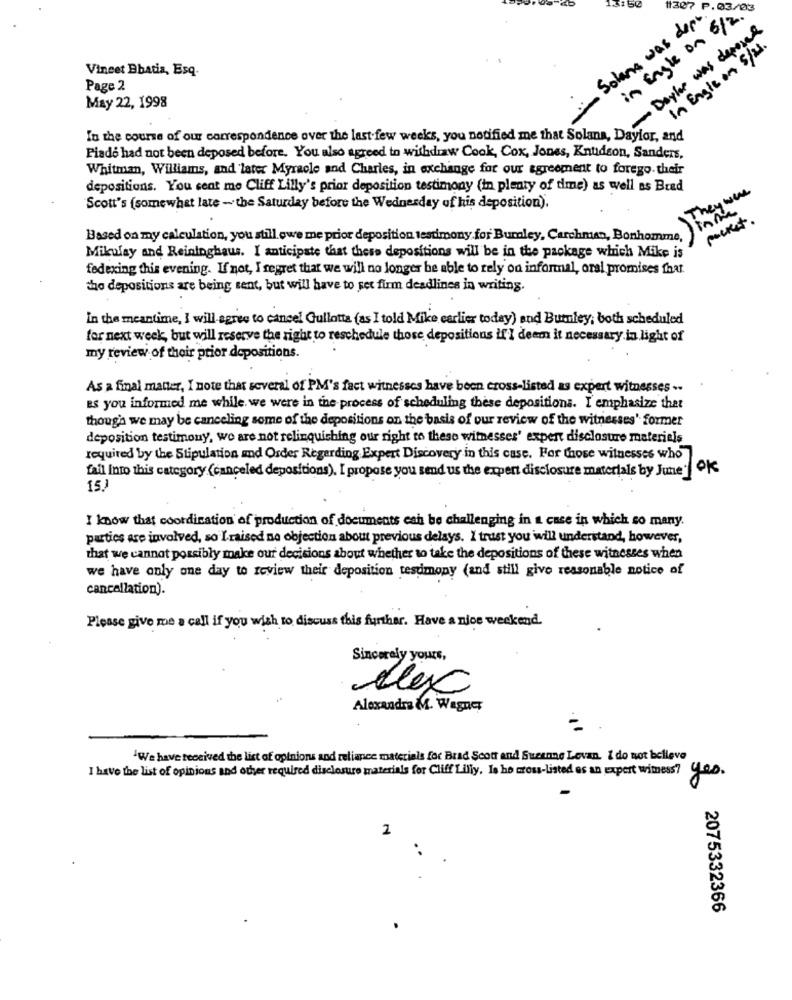
in Engle on 6/2.8
- Solana was depo
-Dayhe was deposed
In Engle on 5/2.
Vineet Bbatis, Esq.
Page 2
May 22, 1998
In the course of our correspondence over the last few weeks, you notified me that Solana, Dayior, and
Piade had not been deposed before. You also agreed to withdraw Cook, Cox, Jones, Knudson, Sanders,
Whitman, Williams, and later Myracle and Charles, in exchange for our agreement to forego. their
depositions. You cent me Cliff Lilly's prior deposition testimony (in plenty of dme) as well as Brad
They were
Scott's (somewhat late - the Saturday before the Wednesday of his deposition).
packet .
Based on my calculation, you still owe me prior deposition testimony for Bumley, Carchman, Bonhomme,
Mikulay and Reininghaus. I anticipate that these depositions will be in the package which Mike is
fedexing this evening. If not, I regret that we will no longer be able to rely on informal, oral promises that
the depositions are being sent, but will have to set firm deadlines in writing.
In the meantime, I will agree to cancel Gullotta (as I told Mike earlier today) and Burnley; both scheduled
for next week, but will reserve the right to reschedule those depositions if'I deem it necessary in light of
my review of their prior depositions.
As a final manter, I note that several of PM's fact witnesses have been cross-listed as expert witnesses ..
es you informed me while. we were in the process of scheduling these depositions. I emphasize that
though we may be canceling some of the depositions on the basis of our review of the witnesses' former
deposition testimony, we are not relinquishing our right to these witnesses' expert disclosure materiels
required by the Stipulation and Order Regarding Expert Discovery in this case. For those witnesses who
fall Into this category (canceled depositions). I propose you send us the expert disclosure materials by June' OK
15)
I know that coordination of production of documents eah be challenging in a case in which so many.
parties are involved, so Iraised no objection about previous delays. I trust you will understand, however,
that we cannot possibly make our decisions about whether to take the depositions of these witnesses when
we have only one day to review their deposition testimony (and still give reasonable notice of
cancellation).
Please give me a call if you wish to discuss this further. Have a nice weekend.
Sincerely yours,
elex
Alexandra M. Wagner
"We have received the list of opinions and reliance materials for Brad Scott and Suzanne Levan. I do not believe
I have the list of opinions and other required disclosure materials for Cliff Lilly. Is ho cross-Listed es an expert wimess? Con.
2
..
2075332366